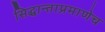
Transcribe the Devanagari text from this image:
सिद्धान्ताप्रमाणेच